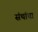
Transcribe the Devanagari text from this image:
संथांचा